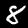
Digit: 8